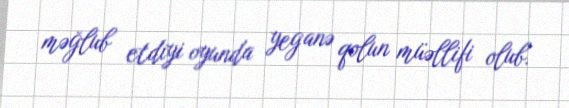
məğlub etdiyi oyunda yeganə qolun müəllifi olub.